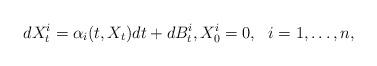
LaTeX: \begin{align*}dX^i_t = \alpha_i(t,X_t)dt + dB^i_t, X^i_0=0, \ \ i=1,\ldots,n, \end{align*}